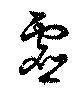
虚